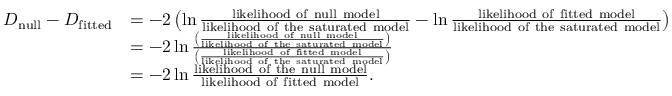
{ \begin{array} { r l } { D _ { \mathrm { n u l l } } - D _ { \mathrm { f i t t e d } } } & { = - 2 \left( \ln { \frac { \mathrm { l i k e l i h o o d ~ o f ~ n u l l ~ m o d e l } } { \mathrm { l i k e l i h o o d ~ o f ~ t h e ~ s a t u r a t e d ~ m o d e l } } } - \ln { \frac { \mathrm { l i k e l i h o o d ~ o f ~ f i t t e d ~ m o d e l } } { \mathrm { l i k e l i h o o d ~ o f ~ t h e ~ s a t u r a t e d ~ m o d e l } } } \right) } \\ & { = - 2 \ln { \frac { \left( { \frac { \mathrm { l i k e l i h o o d ~ o f ~ n u l l ~ m o d e l } } { \mathrm { l i k e l i h o o d ~ o f ~ t h e ~ s a t u r a t e d ~ m o d e l } } } \right) } { \left( { \frac { \mathrm { l i k e l i h o o d ~ o f ~ f i t t e d ~ m o d e l } } { \mathrm { l i k e l i h o o d ~ o f ~ t h e ~ s a t u r a t e d ~ m o d e l } } } \right) } } } \\ & { = - 2 \ln { \frac { \mathrm { l i k e l i h o o d ~ o f ~ t h e ~ n u l l ~ m o d e l } } { \mathrm { l i k e l i h o o d ~ o f ~ f i t t e d ~ m o d e l } } } . } \end{array} }